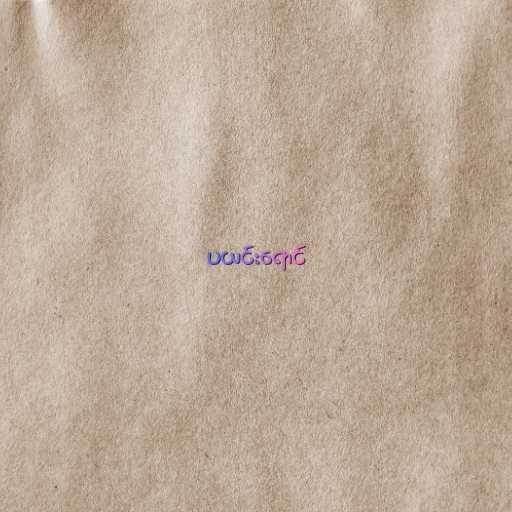
ပယင်းရောင်